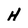
Character: H